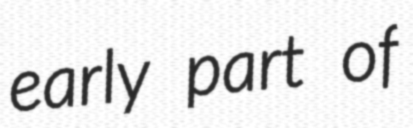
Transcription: early part of